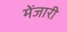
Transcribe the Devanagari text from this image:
मेंजारी